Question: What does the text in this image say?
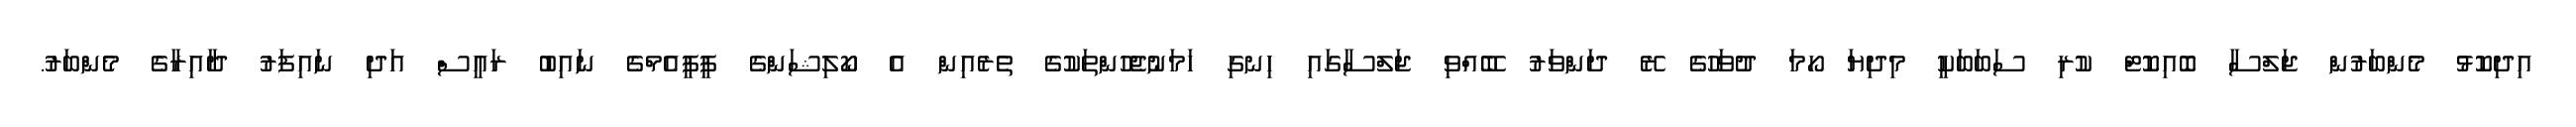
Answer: އިދިކޮޅު މެންބަރުން ޖަލްސާ ބޮއިކޮޓް ކުރި ސަބަބަކީ މިދިޔަ ހޯމަ ދުވަހުގެ ރޭ ދަންވަރު ބޭއްވި ޖަލްސާގައި ހިނގި ހަމަނުޖެހުންތަކުގެ ތެރެއިން އެ ކޯލިޝަންގެ ޕީޕީއެމްގެ ނައިބު ރައީސް އަދި ނައިފަރު ދާއިރާގެ މެންބަރު.